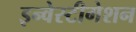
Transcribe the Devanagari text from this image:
इन्वेस्टीगेशन